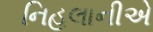
નિહલાનીએ